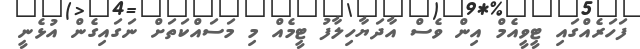
ފަހަރެއްގައި ޓީވީއެމް އިން ވެސް އާދަޔާހިލާފު ޓީމެއް މި މަސައްކަތަށް ނަގައިގެން އުޅެނީ